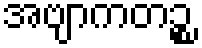
အဗျာကတဉ္စ